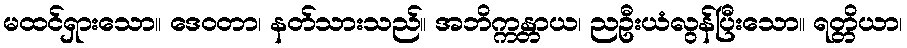
မထင်ရှားသော။ ဒေဝတာ၊ နတ်သားသည်။ အဘိက္ကန္တာယ၊ ညဦးယံလွန်ပြီးသော။ ရတ္တိယာ၊